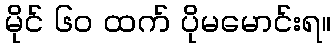
မိုင် ၆၀ ထက် ပိုမမောင်းရ။